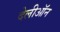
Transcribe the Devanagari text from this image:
देलीऑन